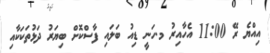
އިއްޔެ ރޭ 11:00 އެހާއިރު މ.ހަނީ ޑިއު ބަލައި ފާސްކޮށް ބިޔަރު ދަޅުތަކަކާއި